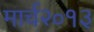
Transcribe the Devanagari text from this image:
मार्च२०१३